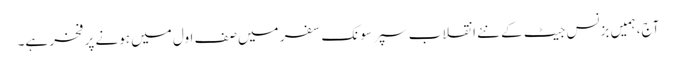
آج، ہمیں بزنس جیٹ کے نئے انقلاب سپر سونک سفر میں صف اول میں ہونے پر فخر ہے۔